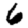
Digit: 6